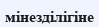
мінезділігіне